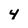
Character: 4